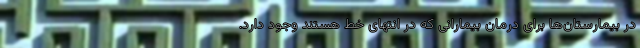
در بیمارستان‌ها برای درمان بیمارانی که در انتهای خط هستند وجود دارد.